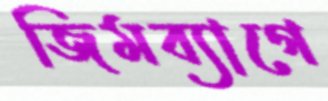
জিমব্যাগে